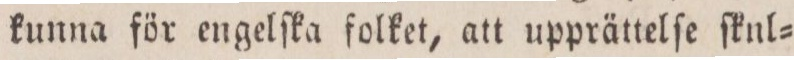
kunna för engelſka folket, at upprättelſe ſknl=